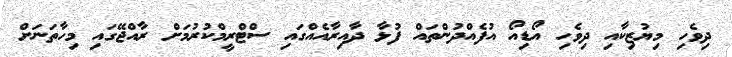
ދިވެހި މިޔުޒިކާއި ދިވެހި އޯޑިއޯ އުފެއްދުންތައް ފުޅާ ދާއިރާއެއްގައި ސްޓްރީމްކުރުމަށް ރާއްޖޭގައި މިހާތަނަށް